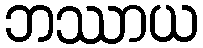
ဘဿာယ